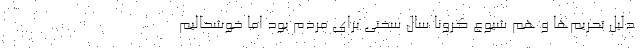
دلیل تحریم‌ها و هم شیوع کرونا سال سختی برای مردم بود اما خوشحالیم